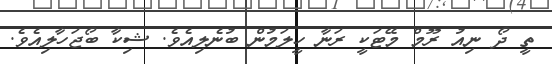
ތީ ދޯ ނިއު ރޫމް މޭޓަކީ ރަނާ ހީލަމުން ބުނެލިއެވެ. ޝިކާ ބޯޖަހާލިއެެވެ.